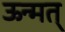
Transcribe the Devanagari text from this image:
ऊन्मत्